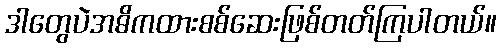
ဒါတွေပဲအဓိကထားစစ်ဆေးဖြစ်တတ်ကြပါတယ်။